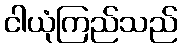
ငါယုံကြည်သည်